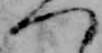
つ